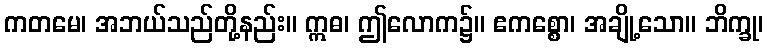
ကတမေ၊ အဘယ်သည်တို့နည်း။ ဣဓ၊ ဤလောက၌။ ဧကစ္စော၊ အချို့သော။ ဘိက္ခု၊